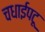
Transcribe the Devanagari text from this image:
चधाईपटू